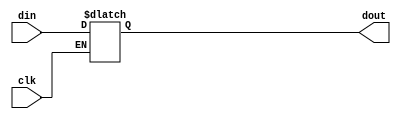
// SPDX-License-Identifier: Apache-2.0
// Copyright (C) 2019 Intel Corporation. All rights reserved
module cfg_cmn_latch (
  input      din,
  input      clk,
  output reg dout
);

  always @(*)
    if (clk)
      dout <= din;

endmodule